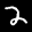
Label: 2